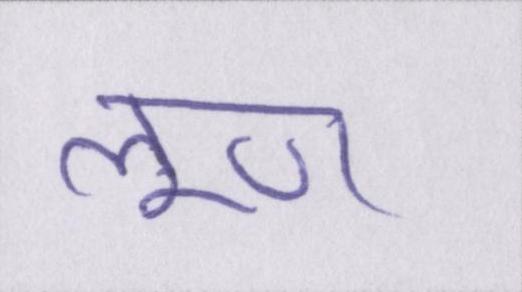
लूण